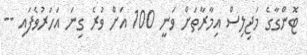
ޓޮންގާގެ މަޖިލިސް އިމާރާތަށް ވަނީ 100 އަށް ވުރެ ގިނަ އަހަރުވެފައި --